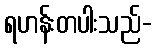
ရဟန်းတပါးသည်-